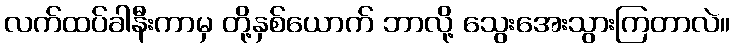
လက်ထပ်ခါနီးကာမှ တို့နှစ်ယောက် ဘာလို့ သွေးအေးသွားကြတာလဲ။